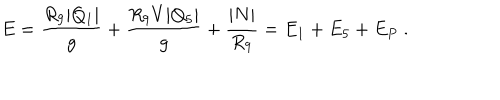
LaTeX: E = { \frac { R _ { 9 } | Q _ { 1 } | } { g } } + { \frac { R _ { 9 } V | Q _ { 5 } | } { g } } + { \frac { | N | } { R _ { 9 } } } = E _ { 1 } + E _ { 5 } + E _ { P } \ .